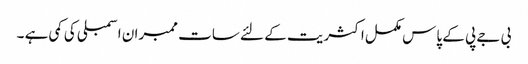
بی جے پی کے پاس مکمل اکثریت کے لئے سات ممبران اسمبلی کی کمی ہے ۔